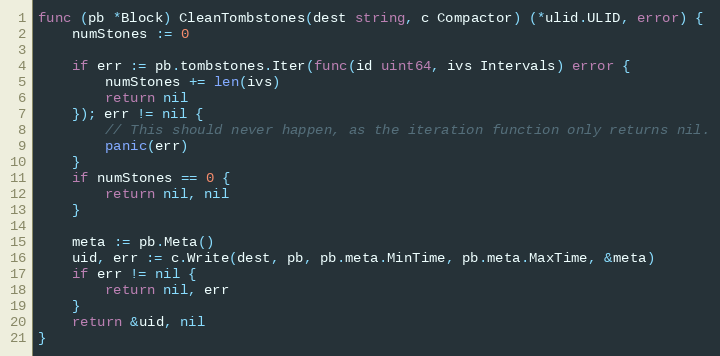
Language: Go
func (pb *Block) CleanTombstones(dest string, c Compactor) (*ulid.ULID, error) {
	numStones := 0

	if err := pb.tombstones.Iter(func(id uint64, ivs Intervals) error {
		numStones += len(ivs)
		return nil
	}); err != nil {
		// This should never happen, as the iteration function only returns nil.
		panic(err)
	}
	if numStones == 0 {
		return nil, nil
	}

	meta := pb.Meta()
	uid, err := c.Write(dest, pb, pb.meta.MinTime, pb.meta.MaxTime, &meta)
	if err != nil {
		return nil, err
	}
	return &uid, nil
}